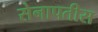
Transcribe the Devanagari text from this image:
सेनापतीस